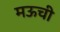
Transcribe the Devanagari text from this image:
मऊची